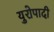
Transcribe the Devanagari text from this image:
युरोपादी